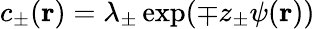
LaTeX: c_{\pm}(\mathbf{r})=\lambda_{\pm}\exp(\mp z_{\pm}\psi(\mathbf{r}))